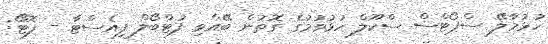
ހުޅުމާލޭ ސްޕޯޓްސް ސްކޫލް ހުޅުވުމުގެ ގޮތުން ބޭއްވި ފުޓްބޯލް ފިއެސްޓާ - ފޮޓޯ: